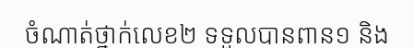
ចំណាត់ថ្នាក់លេខ២ ទទួលបានពាន១ និង